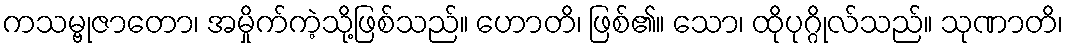
ကသမ္ဗုဇာတော၊ အမှိုက်ကဲ့သို့ဖြစ်သည်။ ဟောတိ၊ ဖြစ်၏။ သော၊ ထိုပုဂ္ဂိုလ်သည်။ သုဏာတိ၊